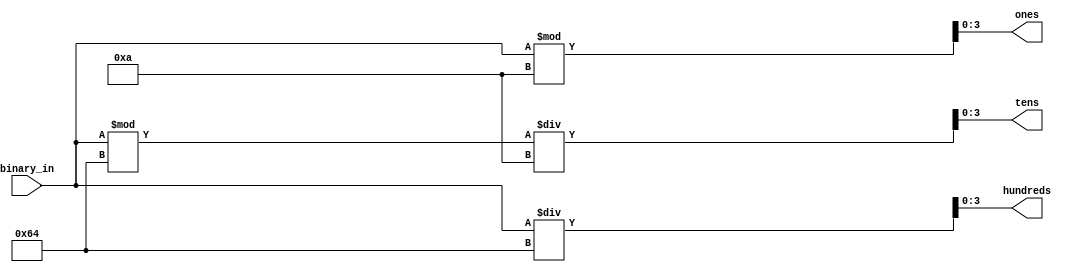
module B2BCD_2 (
	input [7:0]binary_in,    // Clock
	output reg [3:0]hundreds,
	output reg [3:0]tens,
	output reg [3:0]ones
);

	always @(*) 
		begin : proc_
			hundreds = binary_in / 100;
			tens = (binary_in % 100 ) /10;
			ones = binary_in % 10;
		end
endmodule